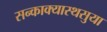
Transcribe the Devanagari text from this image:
सन्काक्यास्थसुया